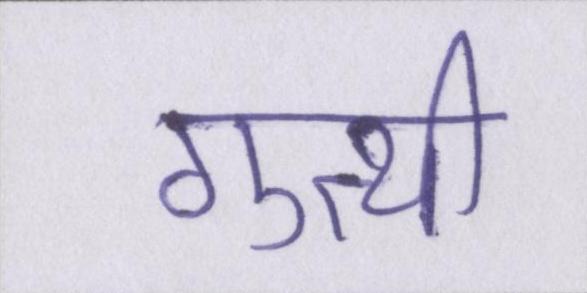
गुत्थी